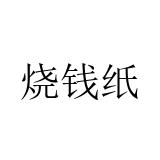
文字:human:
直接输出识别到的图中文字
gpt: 烧钱纸